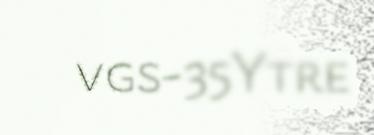
vgs-35Ytre